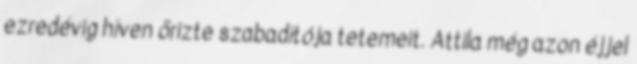
ezredévig híven őrizte szabadítója tetemeit. Attila még azon éjjel